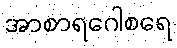
အာစာရဂေါစရေ